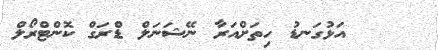
އަޅުގަނޑު ހިތަށްއަރާ ނޭޝަނަލް ޑްރަގް ކޮންޓްރޯލް